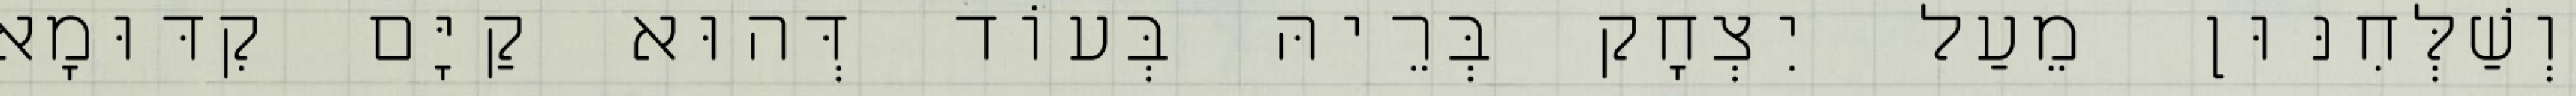
וְשַׁלְּחִנּוּן מֵעַל יִצְחָק בְּרֵיהּ בְּעוֹד דְּהוּא קַיָּם קִדּוּמָא